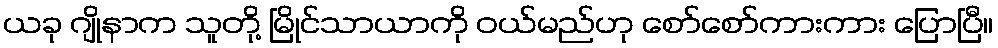
ယခု ဂျိုနာက သူတို့ မြိုင်သာယာကို ဝယ်မည်ဟု စော်စော်ကားကား ပြောပြီ။